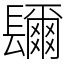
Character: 镾